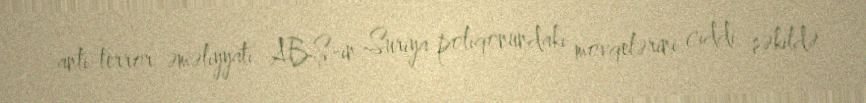
anti-terror əməliyyatı ABŞ-ın Suriya poliqonundakı mövqelərini ciddi şəkildə